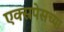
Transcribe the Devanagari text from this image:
एक्स्रपेसच्या